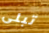
تبلى